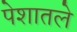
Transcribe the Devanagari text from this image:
पेशातले